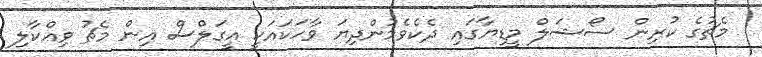
މެޗުގެ ކުރިން ސޯޝަލް މީޑިޔާގައި ދެކެވެމުންދިޔަ ވާހަކައަކީ އީގަލްސް އިން މެޗު ވިއްކާލި